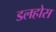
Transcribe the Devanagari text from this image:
डलहोस